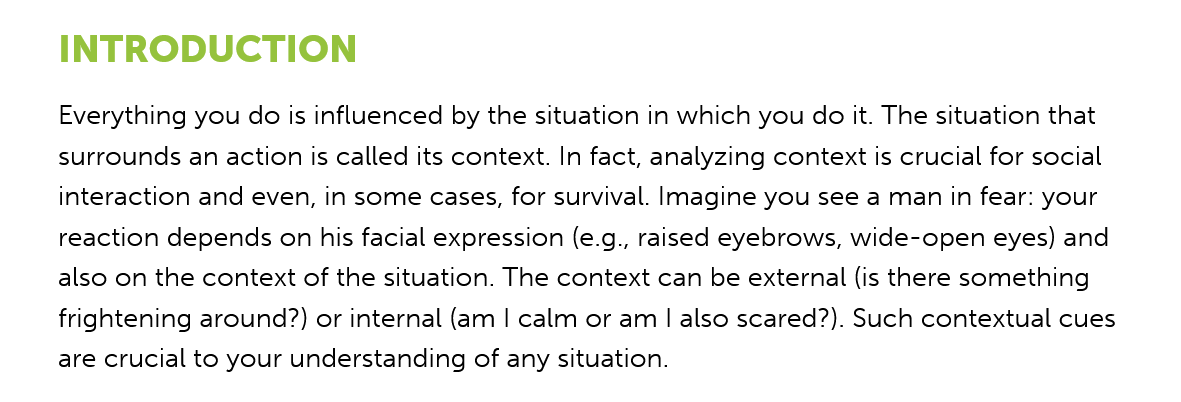
INTRODUCTION
     Everything you do is influenced by the situation in which you do it. The situation that
     surrounds an action is called its context. In fact, analyzing context is crucial for social
     interaction and even, in some cases, for survival. Imagine you see a man in fear: your
     reaction depends on his facial expression (e.g., raised eyebrows, wide-open eyes) and
     also on the context of the situation. The context can be external (is there something
     frightening around?) or internal (am | calm or am | also scared?). Such contextual cues
     are crucial to your understanding of any situation.